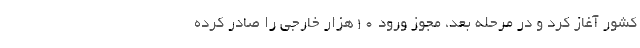
کشور آغاز کرد و در مرحله بعد، مجوز ورود ۱۰هزار خارجی را صادر کرده